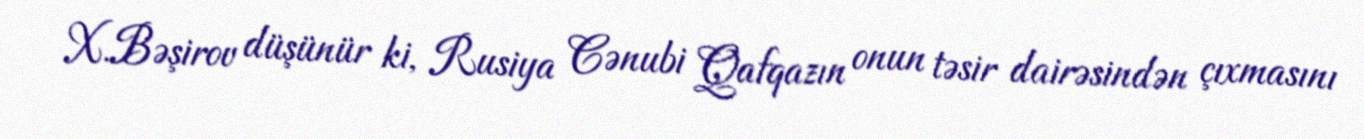
X.Bəşirov düşünür ki, Rusiya Cənubi Qafqazın onun təsir dairəsindən çıxmasını